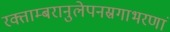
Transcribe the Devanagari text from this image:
रक्ताम्बरानुलेपनस्रगाभरणां